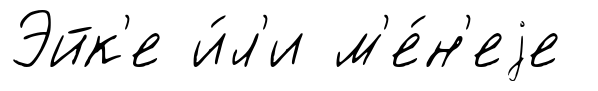
Эйк'е и́л'и м'е́н'еjе